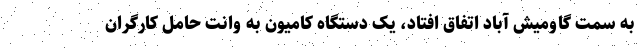
به سمت گاومیش آباد اتفاق افتاد، یک دستگاه کامیون به وانت حامل کارگران